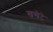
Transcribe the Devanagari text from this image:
खखेटे